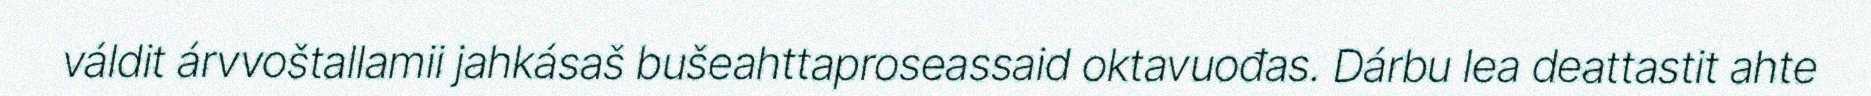
váldit árvvoštallamii jahkásaš bušeahttaproseassaid oktavuođas. Dárbu lea deattastit ahte